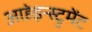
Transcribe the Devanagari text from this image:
आहेइन्स्ट्रुमेंट